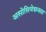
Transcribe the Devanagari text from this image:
असोसियेशनला